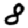
Digit: 8